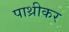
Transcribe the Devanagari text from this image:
पाथ्रीकर